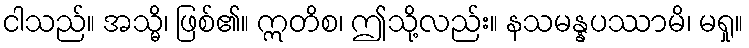
ငါသည်။ အသ္မိ၊ ဖြစ်၏။ ဣတိစ၊ ဤသို့လည်း။ နသမန္နပဿာမိ၊ မရှု။